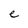
Character: e